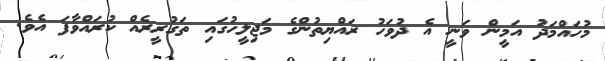
މުހައްމަދު އަމީން ވަނީ އެ ދުވަހު ރައްޔިތުންގެ މަޖިލީހުގައި ތަގުރީރެއް ކުރައްވާފަ އެވެ.